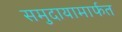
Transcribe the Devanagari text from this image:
समुदायामार्फत